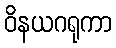
ဝိနယဂရုကာ